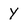
Character: Y